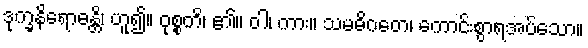
ဒုက္ခနိရောဓန္တိ၊ ဟူ၍။ ဝုစ္စတိ၊ ၏။ ဝါ၊ ကား။ သမဓိဂတေ၊ ကောင်းစွာရအပ်သော။